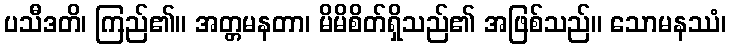
ပသီဒတိ၊ ကြည်၏။ အတ္တမနတာ၊ မိမိစိတ်ရှိသည်၏ အဖြစ်သည်။ သောမနဿံ၊